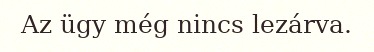
Az ügy még nincs lezárva.